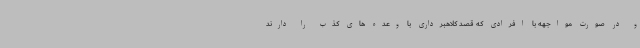
و در صورت مواجهه با افرادی که قصد کلاهبرداری با وعده های کذب را دارند